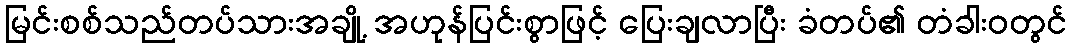
မြင်းစစ်သည်တပ်သားအချို့ အဟုန်ပြင်းစွာဖြင့် ပြေးချလာပြီး ခံတပ်၏ တံခါးဝတွင်